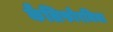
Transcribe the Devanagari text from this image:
कैलिफोरनिया